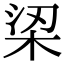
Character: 鿄